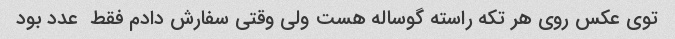
توی عکس روی هر تکه راسته گوساله هست ولی وقتی سفارش دادم فقط  عدد بود